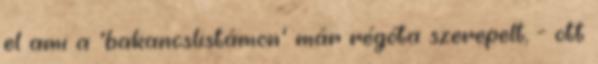
el ami a 'bakancslistámon' már régóta szerepelt, - ott